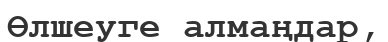
Өлшеуге алмаңдар,